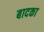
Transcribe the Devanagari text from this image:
बादका